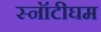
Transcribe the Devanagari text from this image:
स्नॉटीघम